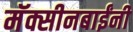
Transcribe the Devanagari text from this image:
मॅक्सीनबाईंनी